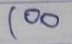
100